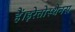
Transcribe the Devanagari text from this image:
हैं।इरेतोस्थेनस